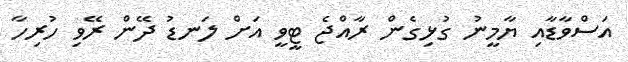
އަސްވާޑާއި ޔާމީނު ގުޅިގެން ރާއްޖެ ޓީވީ އަށް ލަނޑު ދޭން ރޭވި ހުރިހާ